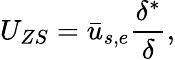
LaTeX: U_{ZS}=\bar{u}_{s,e}\frac{\delta^{*}}{\delta},